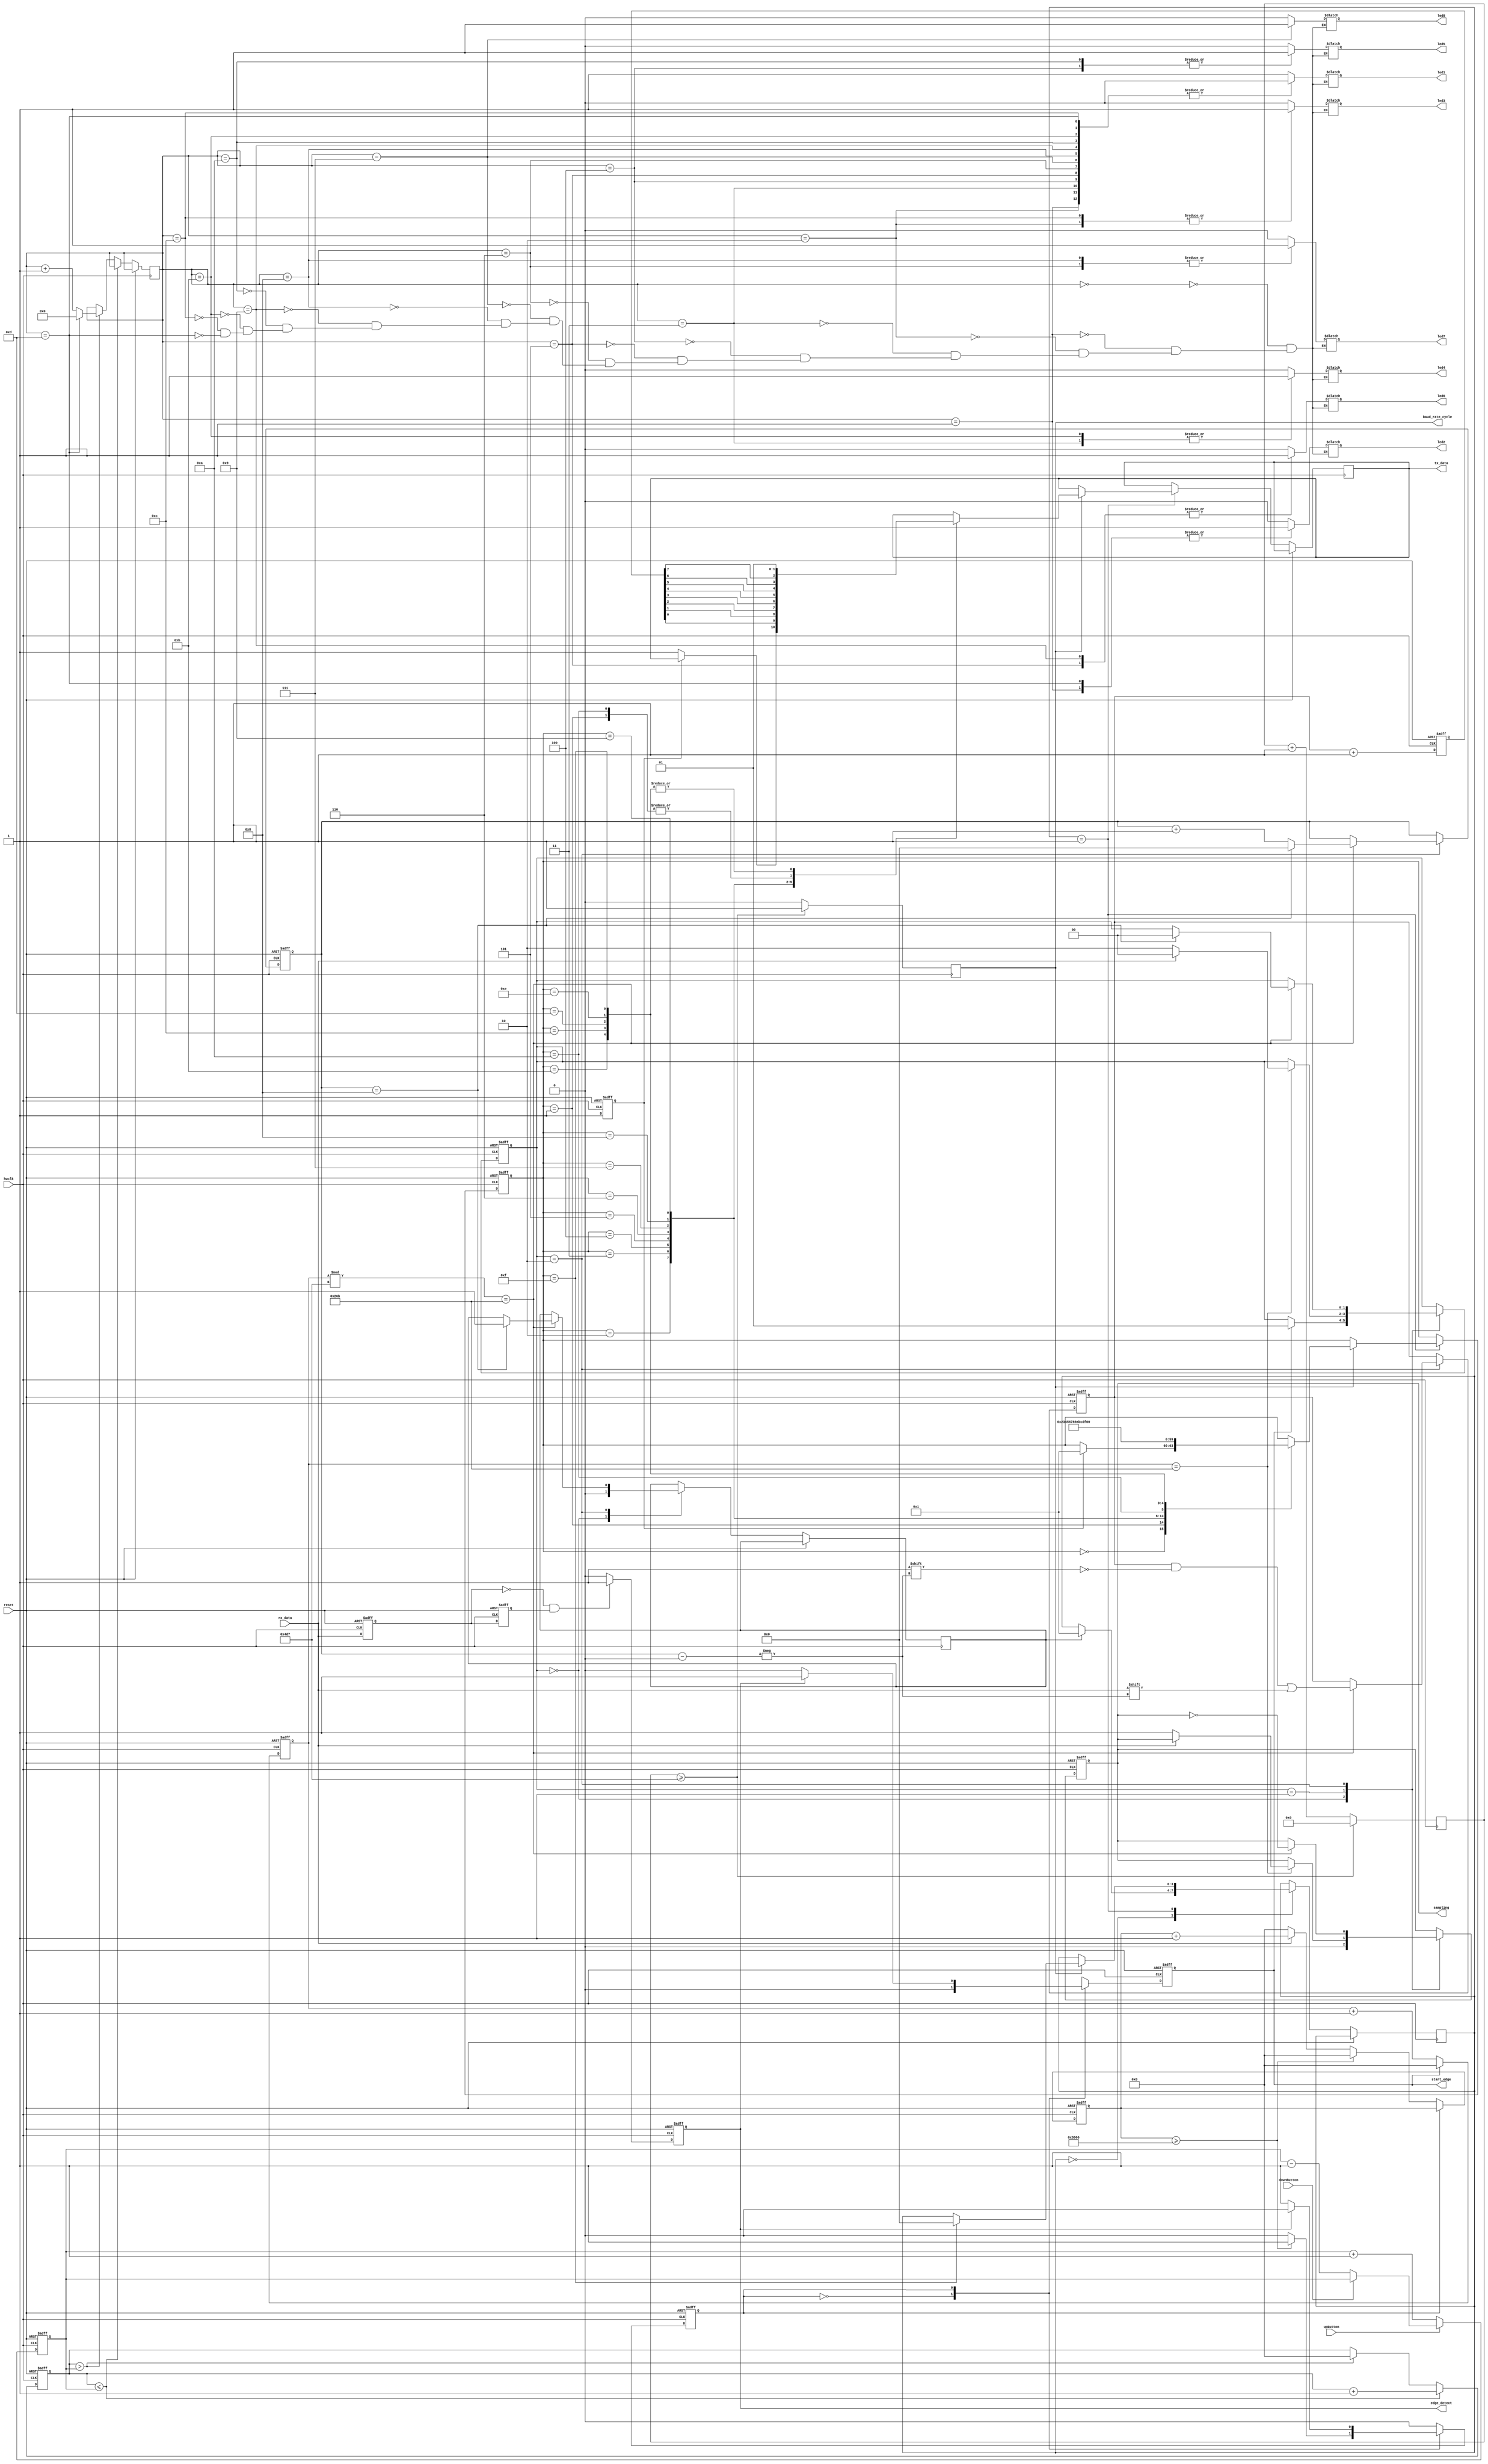
// v1.6 sends back +1 char
/* module */
module top (hwclk, reset, led1, led2, led3, led4, led5, led6, led7, led8, upButton, downButton, rx_data, tx_data, edge_detect, sampling, start_edge, baud_rate_cycle);
    /* I/O */
    input hwclk; 
    input reset; 

    output reg led1; 
    output reg led2; 
    output reg led3; 
    output reg led4; 
    output reg led5; 
    output reg led6; 
    output reg led7; 
    output reg led8;

	input upButton; 
	input downButton;

    input rx_data;
    output reg tx_data;
    output reg edge_detect;
    output reg sampling;
    output reg start_edge;

    output reg baud_rate_cycle;


    reg [4:0] led_state = 5'b00000; 
    reg [31:0] counter = 32'b0; 
	reg [31:0] speedCounter = 32'b0; 
    reg [31:0] counter2;
    reg rx_data_dly;
    reg rx_data_dly_dly;
    reg [7:0] received_byte;
    reg [3:0] bit_index;
    reg [31:0] counter_baud_rate;
    reg [31:0] counter_idle;
    reg [23:0] counter_sq_wave;

    parameter IDLE = 2'b00, START = 2'b01, SAMPLE = 2'b10;
    parameter WAITING = 1'b0, LISTENING = 1'b1;
    reg [1:0] uart_state;
    reg holding;


    parameter SYS_FREQ = 11900000;
    parameter DESIRED_BAUD_RATE = 9600;
    parameter BAUD_RATE = SYS_FREQ / DESIRED_BAUD_RATE;


    reg [3:0] transmission_state;
    parameter CASE_ZERO = 4'b0000, CASE_ONE = 4'b0001, CASE_TWO = 4'b0010, CASE_THREE = 4'b0011, CASE_FOUR = 4'b0100, CASE_FIVE = 4'b0101, CASE_SIX = 4'b0110, CASE_SEVEN = 4'b0111, CASE_EIGHT = 4'b1000, 
              CASE_NINE = 4'b1001, CASE_TEN = 4'b1010, CASE_ELEVEN = 4'b1011, CASE_TWELVE = 4'b1100, CASE_THIRTEEN = 4'b1101, CASE_FOURTEEN = 4'b1110, CASE_FIFTEEN = 4'b1111;

    reg transmit_byte_ready;
    reg [7:0] transmit_byte;

    reg byte_ready;

    reg [3:0] byte_state;

    /* always */
	always @(posedge hwclk or posedge reset) begin
		if (reset) begin
			speedCounter <= 32'b00000000000100000000000000000000; 
		end else begin
			if (~upButton) begin
				speedCounter <= speedCounter + 1;
			end

			else if (~downButton) begin
				speedCounter <= speedCounter - 1;
			end
		end
	end      
    


    always @(posedge hwclk or posedge reset) begin
        if (reset) begin
            counter <= 32'b0;
        end else begin
			 if (counter <= speedCounter) begin
            	counter <= counter + 1;
			 end

			 else if (counter > speedCounter) begin
			 	counter <= 32'b0;
				led_state <= led_state + 1;
				if(led_state == 13) led_state <= 0;
			 end
			 
        end
    end


    /* LED drivers */
	always @(*) begin

	case (led_state)
        5'b00000: {led1, led2, led3, led4, led5, led6, led7, led8} = 8'b10000000;
        5'b00001: {led1, led2, led3, led4, led5, led6, led7, led8} = 8'b01000000;
        5'b00010: {led1, led2, led3, led4, led5, led6, led7, led8} = 8'b00100000;
        5'b00011: {led1, led2, led3, led4, led5, led6, led7, led8} = 8'b00010000;
        5'b00100: {led1, led2, led3, led4, led5, led6, led7, led8} = 8'b00001000;
        5'b00101: {led1, led2, led3, led4, led5, led6, led7, led8} = 8'b00000100;
        5'b00110: {led1, led2, led3, led4, led5, led6, led7, led8} = 8'b00000010;
        5'b00111: {led1, led2, led3, led4, led5, led6, led7, led8} = 8'b00000001;

        // Reverse direction
        5'b01000: {led1, led2, led3, led4, led5, led6, led7, led8} = 8'b00000010;
        5'b01001: {led1, led2, led3, led4, led5, led6, led7, led8} = 8'b00000100;
        5'b01010: {led1, led2, led3, led4, led5, led6, led7, led8} = 8'b00001000;
        5'b01011: {led1, led2, led3, led4, led5, led6, led7, led8} = 8'b00010000;
        5'b01100: {led1, led2, led3, led4, led5, led6, led7, led8} = 8'b00100000;
        5'b01101: {led1, led2, led3, led4, led5, led6, led7, led8} = 8'b01000000;
	endcase
	
	end


always @(posedge hwclk or posedge reset) begin
    if (reset) begin
        rx_data_dly <= 1'b0;
        rx_data_dly_dly <= 1'b0;
        counter2 <= 0;
        //tx_data <= 1'b0;
        edge_detect <= 1'b0;
    end 
    else begin
        rx_data_dly <= rx_data;
        rx_data_dly_dly <= rx_data_dly;
        //tx_data <= rx_data_dly_dly;

        if(rx_data_dly == 1'b0 && rx_data_dly_dly == 1'b1) begin
            edge_detect <= 1'b1;
        end
        else begin
            edge_detect <= 1'b0;
        end
    end
end



always @(posedge hwclk or posedge reset) begin
    if (reset) begin
        counter_baud_rate <= 0;
    end 
    else if (start_edge) begin
        counter_baud_rate <= 0;
    end
    else begin
        counter_baud_rate <= counter_baud_rate + 1;  
    end
end

 

always @(posedge hwclk or posedge reset) begin
    if (reset) begin
        uart_state <= IDLE;
        received_byte <= 0;
        bit_index <= 0;
        sampling <= 0;
    end
    else begin
        case(uart_state)
            IDLE: begin
                sampling <= 0;
                byte_ready <= 0;
                if(start_edge) begin
                    uart_state <= START;
                end
            end
            START: begin
                if(counter_baud_rate == (BAUD_RATE / 2)) begin
                    if (rx_data == 0) begin //check to make sure that data is low, and that we were not triggered on glitch
                        uart_state <= SAMPLE;
                        sampling <= 1;
                    end

                    else begin
                        uart_state <= IDLE;
                    end

                end
            end
            SAMPLE: begin
                if(counter_baud_rate % BAUD_RATE == (BAUD_RATE / 2)) begin
                    received_byte[bit_index] <= rx_data;
                    sampling <= !sampling;
                    bit_index <= bit_index + 1;
                    if(bit_index == 8) begin
                        uart_state <= IDLE;
                        bit_index <= 0; 
                        byte_ready <= 1;
                    end
                end
            end
        endcase
    end
end





always @(posedge hwclk or posedge reset) begin
    if (reset) begin
        counter_idle <= 0;
        start_edge <= 0;
        holding <= WAITING;
    end
    else begin
        case(holding)
            WAITING: begin
                start_edge <= 0; //comment to show listening period
                if(rx_data) begin
                    counter_idle <= counter_idle + 1;
                end
                else begin
                    counter_idle <= 0;
                end
                if(counter_idle >= BAUD_RATE * 10) begin
//                    start_edge <= 0; //uncomment to show listening period
                    holding <= LISTENING;
                    counter_idle <= 0;
                end
            end
            LISTENING: begin
                if(edge_detect) begin
                    start_edge <= 1;
                    holding <= WAITING;
                end
                else begin
                    start_edge <= 0;
                end
            end
        endcase
    end
end

//transmit baud rate counter
always @(posedge hwclk) begin
    if (counter_sq_wave >= BAUD_RATE) begin
        baud_rate_cycle <= 1;
        counter_sq_wave <= 0;
    end else begin
        counter_sq_wave <= counter_sq_wave + 1;
        baud_rate_cycle <= 0;
    end
end


always @(posedge hwclk or posedge reset) begin
    if (reset) begin
        transmit_byte_ready <= 1;
        transmit_byte <= 01000010;
        transmission_state <= CASE_ZERO;
    end
    else begin
        transmit_byte_ready <= 1;
        transmit_byte <= received_byte + 1;
        case(byte_state)
            CASE_ZERO: begin
                if (byte_ready) begin
                    byte_state <= CASE_ONE;
                end
            end
            CASE_ONE: begin
                if (baud_rate_cycle) begin
                    case(transmission_state)
                        CASE_ZERO: begin
                            if (transmit_byte_ready) begin
                                transmission_state <= CASE_ONE;
                            end else begin
                                tx_data <= 1;
                            end

                        end
                        CASE_ONE: begin
                            tx_data <= 0;
                            transmission_state <= CASE_TWO;
                        end
                        CASE_TWO: begin
                            tx_data <= transmit_byte[0];
                            transmission_state <= CASE_THREE;
                        end
                        CASE_THREE: begin
                            tx_data <= transmit_byte[1];
                            transmission_state <= CASE_FOUR;
                        end
                        CASE_FOUR: begin
                            tx_data <= transmit_byte[2];
                            transmission_state <= CASE_FIVE;
                        end
                        CASE_FIVE: begin
                            tx_data <= transmit_byte[3];
                            transmission_state <= CASE_SIX;
                        end
                        CASE_SIX: begin
                            tx_data <= transmit_byte[4];
                            transmission_state <= CASE_SEVEN;
                        end
                        CASE_SEVEN: begin
                            tx_data <= transmit_byte[5];
                            transmission_state <= CASE_EIGHT;
                        end
                        CASE_EIGHT: begin
                            tx_data <= transmit_byte[6];
                            transmission_state <= CASE_NINE;
                        end
                        CASE_NINE: begin
                            tx_data <= transmit_byte[7];
                            transmission_state <= CASE_TEN;
                        end
                        CASE_TEN: begin
                            tx_data <= 0;
                            transmission_state <= CASE_ELEVEN;
                        end
                        CASE_ELEVEN: begin
                            tx_data <= 1;
                            transmission_state <= CASE_TWELVE;
                        end
                        CASE_TWELVE: begin
                            tx_data <= 1;
                            transmission_state <= CASE_THIRTEEN;
                        end
                        CASE_THIRTEEN: begin
                            tx_data <= 1;
                            transmission_state <= CASE_FOURTEEN;
                        end
                        CASE_FOURTEEN: begin
                            tx_data <= 1;
                            transmission_state <= CASE_FIFTEEN;
                        end
                        CASE_FIFTEEN: begin
                            tx_data <= 1;
                            transmission_state <= CASE_ZERO;
                            byte_state <= CASE_ZERO;
                        end

                    endcase
                end
            end
        endcase
    end
end


endmodule